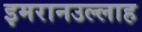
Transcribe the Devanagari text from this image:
इमरानउल्लाह